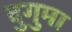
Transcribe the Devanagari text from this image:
दुगुमा